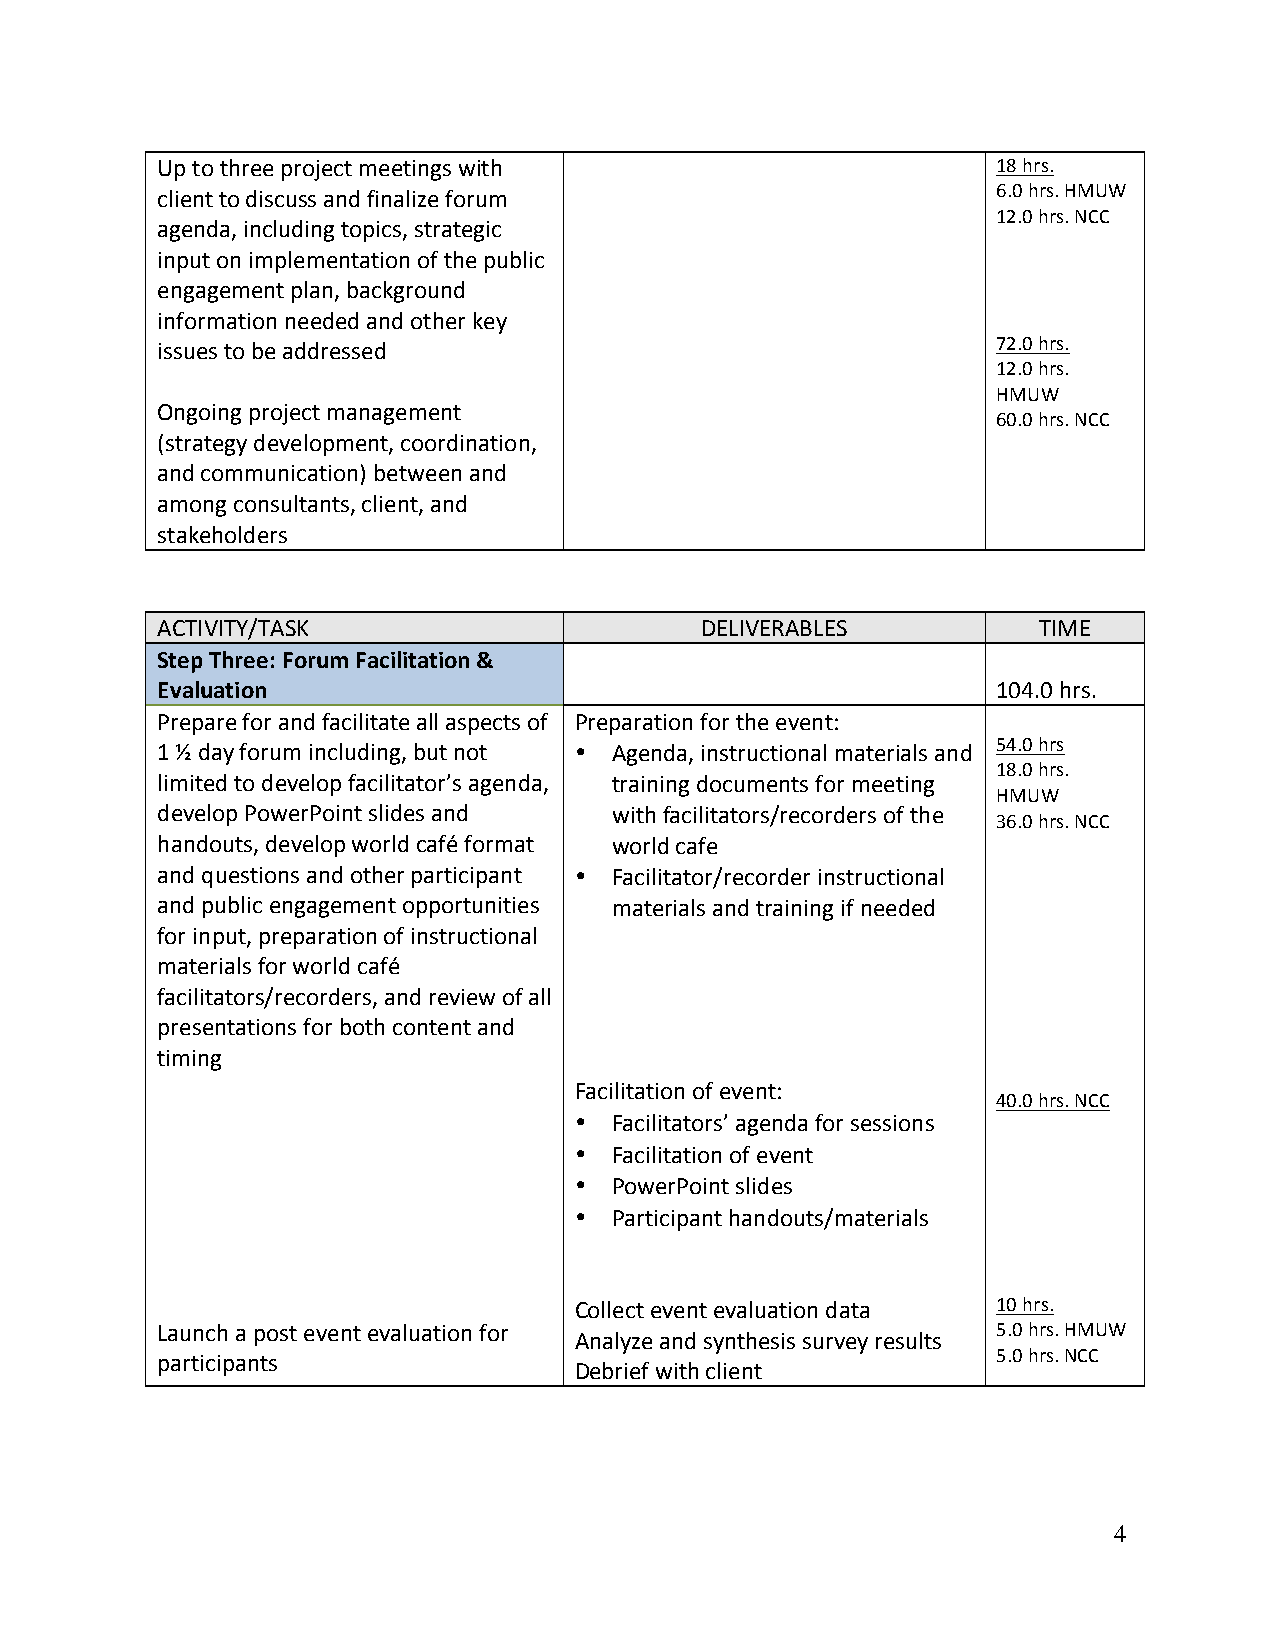
Up to three project meetings with                       18 hrs.
 client to discuss and finalize forum                    6.0 hrs. HMUW
 12.0 hrs. NCC
 agenda, including topics, strategic
 input on implementation of the public
 engagement plan, background
 information needed and other key
 issues to be addressed                                  72.0 hrs.
 12.0 hrs.
 HMUW
 Ongoing project management
 60.0 hrs. NCC
 (strategy development, coordination,
 and communication) between and
 among consultants, client, and
 stakeholders
 ACTIVITY/TASK                       DELIVERABLES           TIME
 Step Three: Forum Facilitation &
 Evaluation                                              104.0 hrs.
 Prepare for and facilitate all aspects of Preparation for the event:
 1 ½ day forum including, but not • Agenda, instructional materials and 54.0 hrs
 18.0 hrs.
 limited to develop facilitator’s agenda, training documents for meeting
 HMUW
 develop PowerPoint slides and  with facilitators/recorders of the
 36.0 hrs. NCC
 handouts, develop world café format world cafe
 and questions and other participant • Facilitator/recorder instructional
 and public engagement opportunities materials and training if needed
 for input, preparation of instructional
 materials for world café
 facilitators/recorders, and review of all
 presentations for both content and
 timing
 Facilitation of event:
 40.0 hrs. NCC
 •  Facilitators’ agenda for sessions
 •  Facilitation of event
 •  PowerPoint slides
 •  Participant handouts/materials
 Collect event evaluation data 10 hrs.
 Launch a post event evaluation for                      5.0 hrs. HMUW
 Analyze and synthesis survey results
 participants                                            5.0 hrs. NCC
 Debrief with client
 4